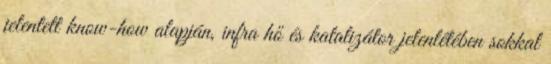
jelentett know-how alapján, infra hő és katalizátor jelenlétében sokkal